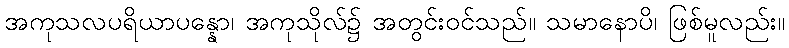
အကုသလပရိယာပန္နော၊ အကုသိုလ်၌ အတွင်းဝင်သည်။ သမာနောပိ၊ ဖြစ်မူလည်း။